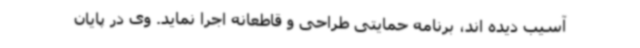
آسیب دیده اند، برنامه حمایتی طراحی و قاطعانه اجرا نماید. وی در پایان